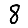
Digit: 8